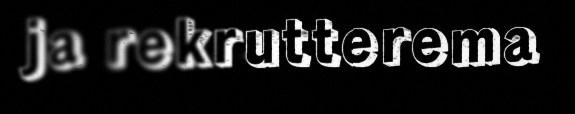
ja rekrutterema